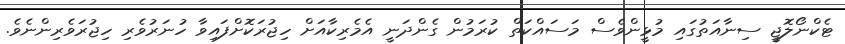
ޓެކްނޯލޮޖީ ސިނާއަތުގައި މުޅީންވެސް މަސައްކަތް ކުރަމުން ގެންދަނީ އެމެރިކާއަށް ހިޖުރަކޮށްފައިވާ ހުނަރުވެރި ހިޖުރަވެރިންނެވެ.